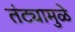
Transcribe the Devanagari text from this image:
तंट्यामुळे